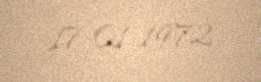
17-01-1972